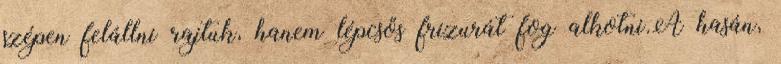
szépen felállni rajtuk, hanem lépcsős frizurát fog alkotni.A hasán,